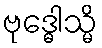
ဗုဒ္ဓေါသ္မိ